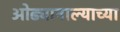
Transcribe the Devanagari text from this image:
ओढ्यानाल्याच्या